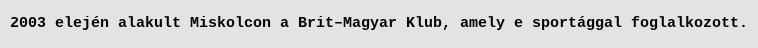
2003 elején alakult Miskolcon a Brit–Magyar Klub, amely e sportággal foglalkozott.